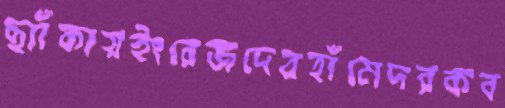
ছ্যাঁকায়ইংরেজদেরহাঁমেদরকব